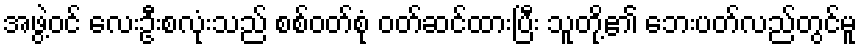
အဖွဲ့ဝင် လေးဦးစလုံးသည် စစ်ဝတ်စုံ ဝတ်ဆင်ထားပြီး သူတို့၏ ဘေးပတ်လည်တွင်မူ